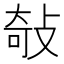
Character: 敧